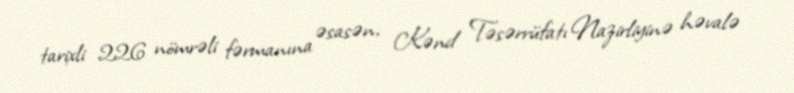
tarixli 226 nömrəli fərmanına əsasən, Kənd Təsərrüfatı Nazirliyinə həvalə